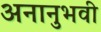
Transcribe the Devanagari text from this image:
अनानुभवी